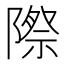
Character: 際